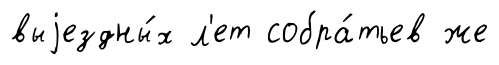
выjездны́х л'ет собра́тьев же